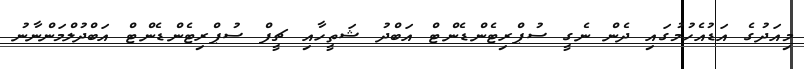
މިއަދުގެ އަޑުއެހުމުގައި ދެން ނެގީ ސުޕްރިޓެންޑެންޓް އަބްދު ޝަތީހާއި ޗީފް ސުޕްރިޓެންޑެންޓް އަބްދުލްމަންނާނު